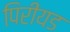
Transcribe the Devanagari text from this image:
पिरीयड